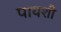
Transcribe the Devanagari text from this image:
पायशी